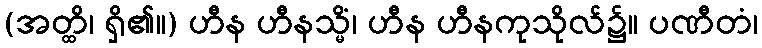
(အတ္ထိ၊ ရှိ၏။) ဟီန ဟီနသ္မိံ၊ ဟီန ဟီနကုသိုလ်၌။ ပဏီတံ၊